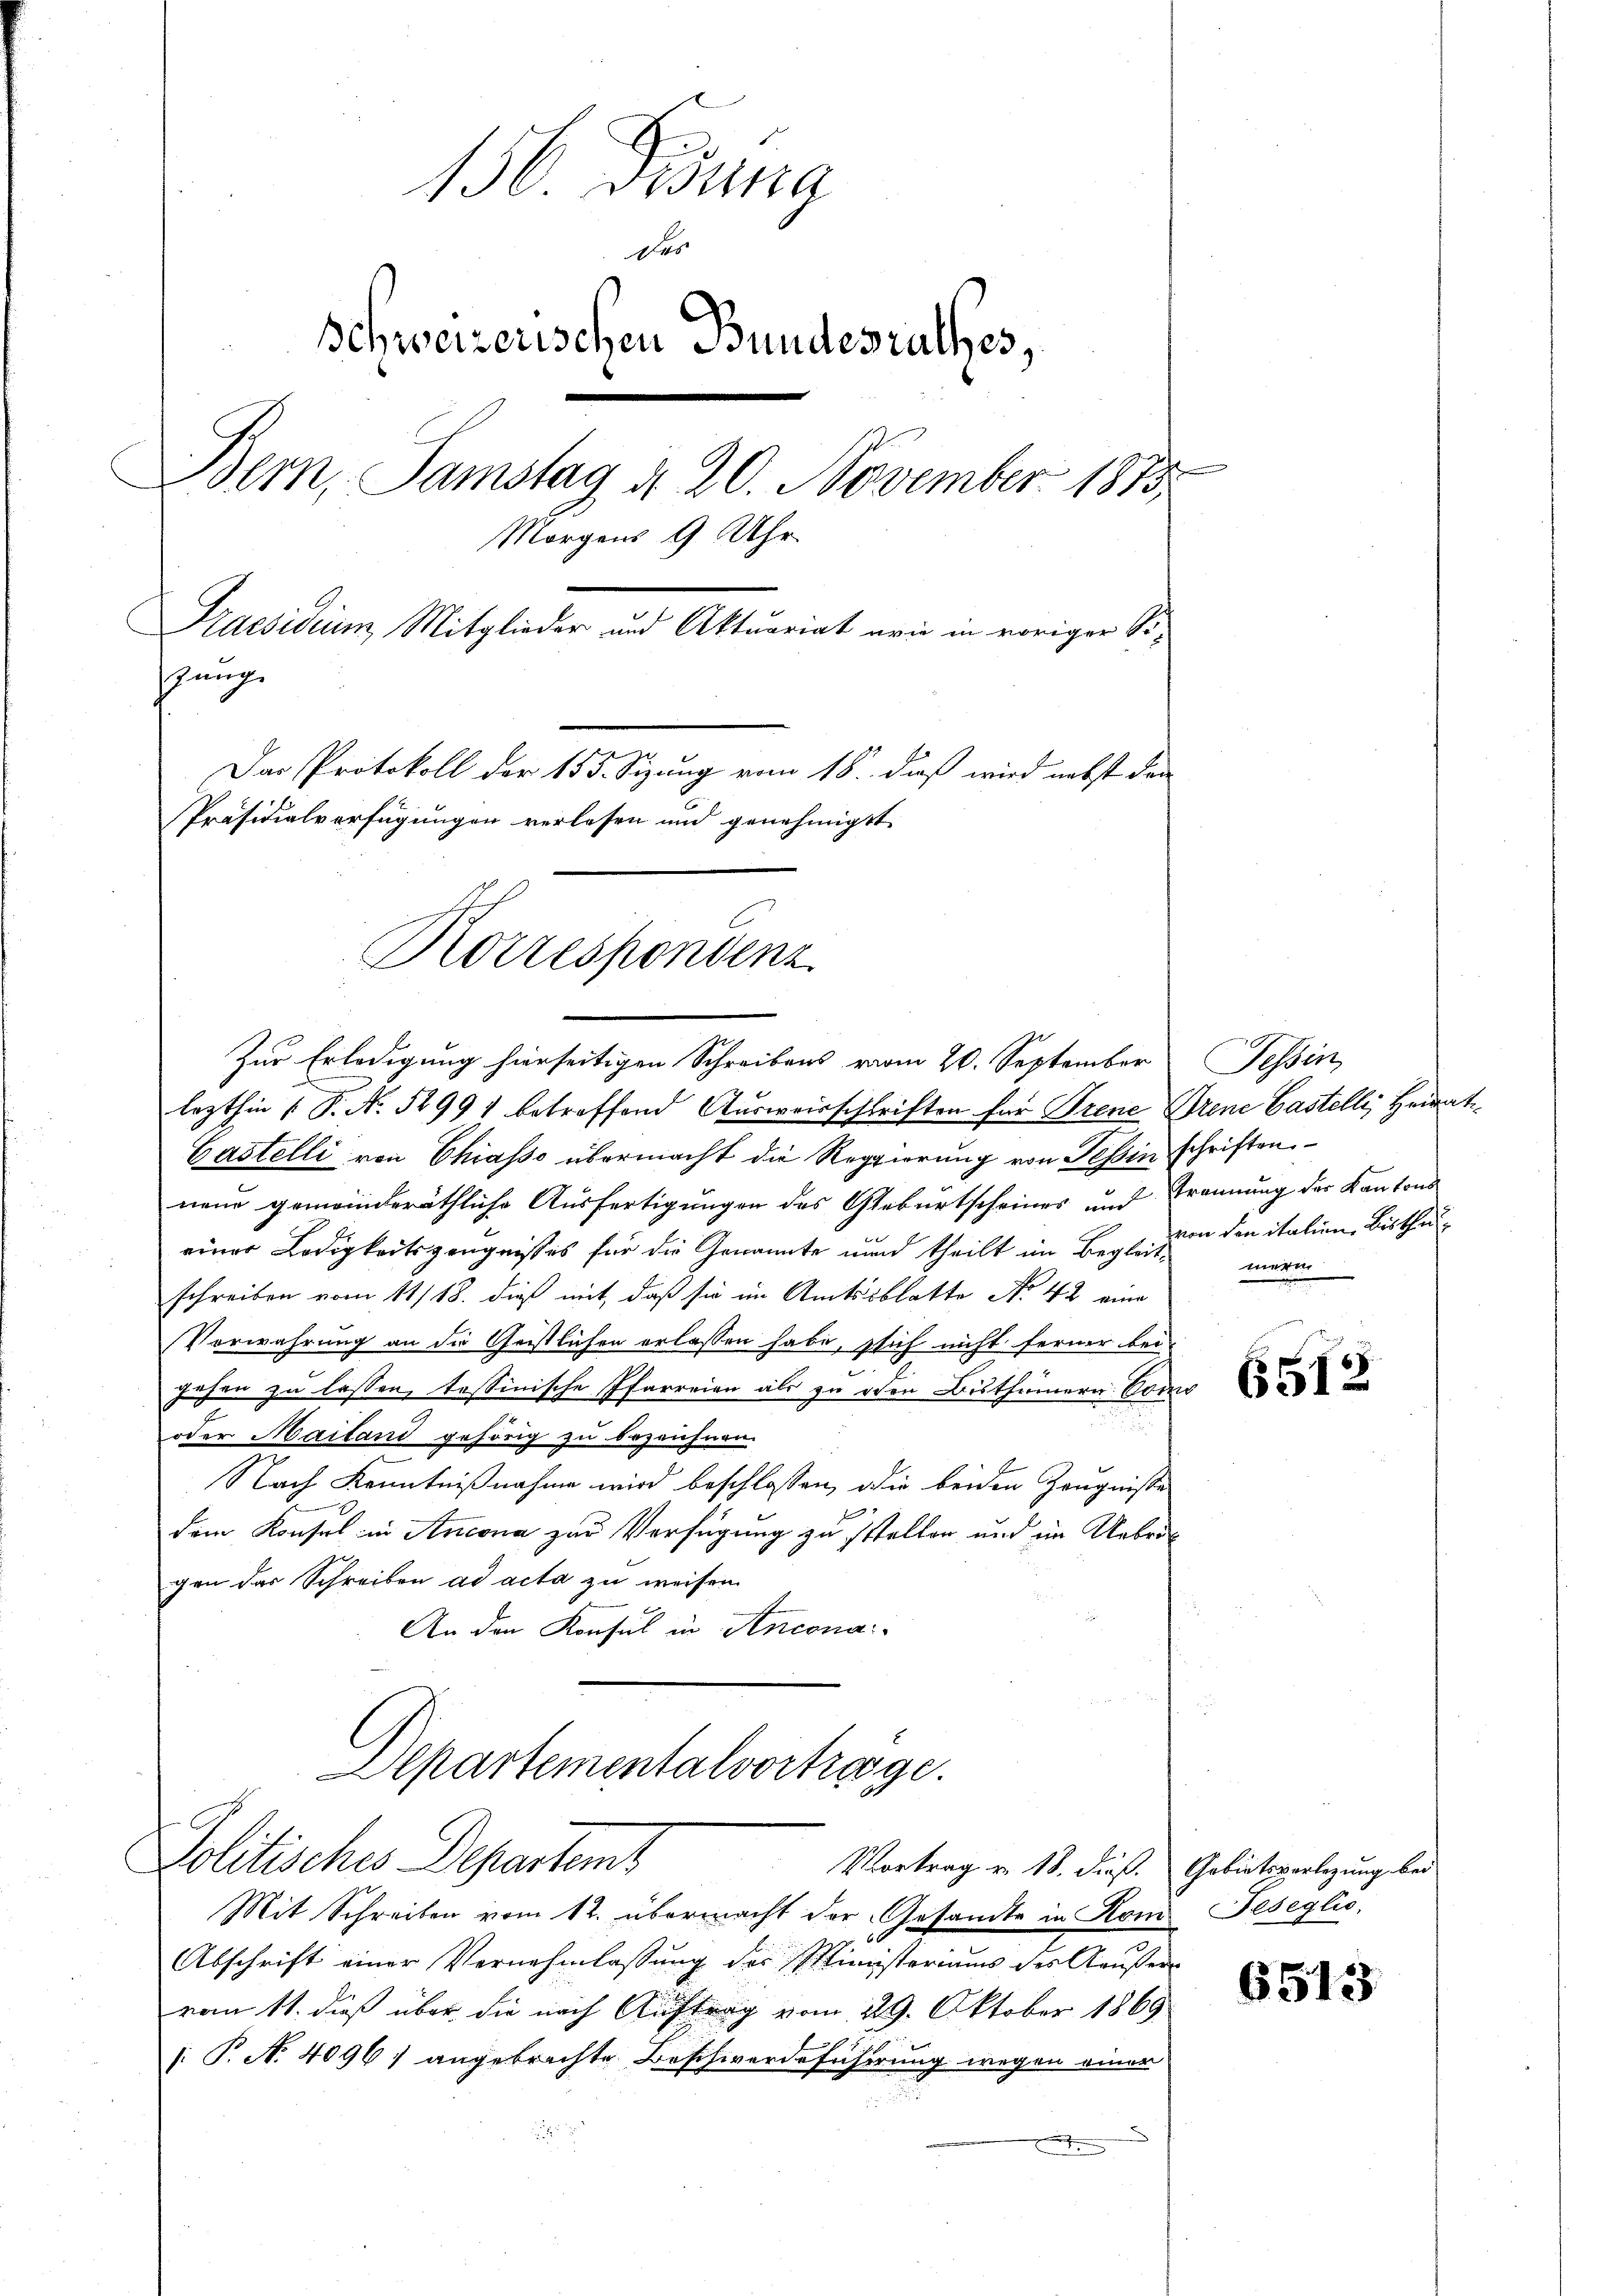
156 Fidung
des
Schweizerischen Bundesrathes,
Bern, Samstag d. 20. November 1873
Morgens 9 Uhr
Praesidung Mitglieder und Aktuariat nein in vorigen So
sung.
Das Protokoll der 155. Sizung vom 18. daß wird nebst dan
Präsidialverfügungen verlesen und genehmigt

Korrespondenz

Zur Erledigung hierseitigen Schreibens vom 20. September
lezthin 1 S. No 1299) betreffend Ausweisschriften für Trene Grene Castelli, Heirati¬
Castelli von Chiasso übermacht die Reggierung von Teßin schriften
neue gemeinderäthliche Ausfertigungen des Geburtscheines und Trennung der Kantons
einer Ledigkeitszeugnisses für die Genannte und theilt im Beglein den italien Bisthuschreiben vom 11/18. dieß mit, daß sie im Amtsblatto No. 42 eine
Verwahrung an die Geistlichen erlassen habe, sich nicht ferner bei
zehen zu lassen, tessinische Pfarreien als zu den Bisthümern. Como
oder Mailand gehörig zu bezeichnen.
Nach Kenntnißnahme wird beschlossen, die beiden Zeugniße
9
dem Konsul in Ancona zur Verfügung zu stellen und im Uebrigen das Schreiben ad acta zu weisen
An den Konsul in Ancona
Departementalvortrage.
Politisches Departem
Vortrag von 18. dieß. Gebietsverlegung bei
Mit Schreiben vom 12. übermacht der Gesandte in Rom Jeseglio,
Abschrift einer Vernehmlassung des Ministeriums des Kaufer
vom 11. dieß über die nach Auftrag vom 29. Oktober 1869
[: P. N. 4096) angebrachte Beschwerdeführung wegen einer

Tessin,
meri

6512

6513